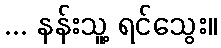
... နန်းသူ့ ရင်သွေး။